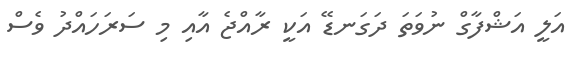
އަލީ އަޝްފާގް ނުވަތަ ދަގަނޑޭ އަކީ ރާއްޖެ އާއި މި ސަރަހައްދު ވެސް